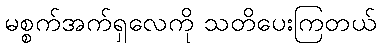
မစ္စက်အက်ရှလေကို သတိပေးကြတယ်